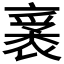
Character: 𧛙